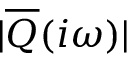
| \overline { { Q } } ( i \omega ) |